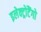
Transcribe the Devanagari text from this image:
इलेक्ट्रोटैंगो